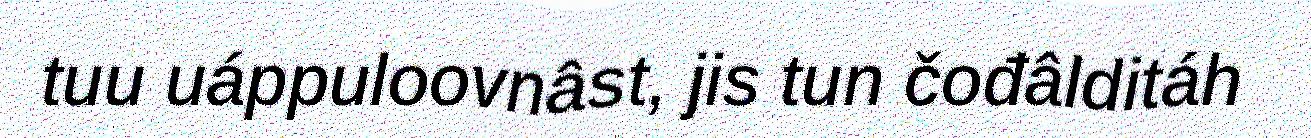
tuu uáppuloovnâst, jis tun čođâlditáh